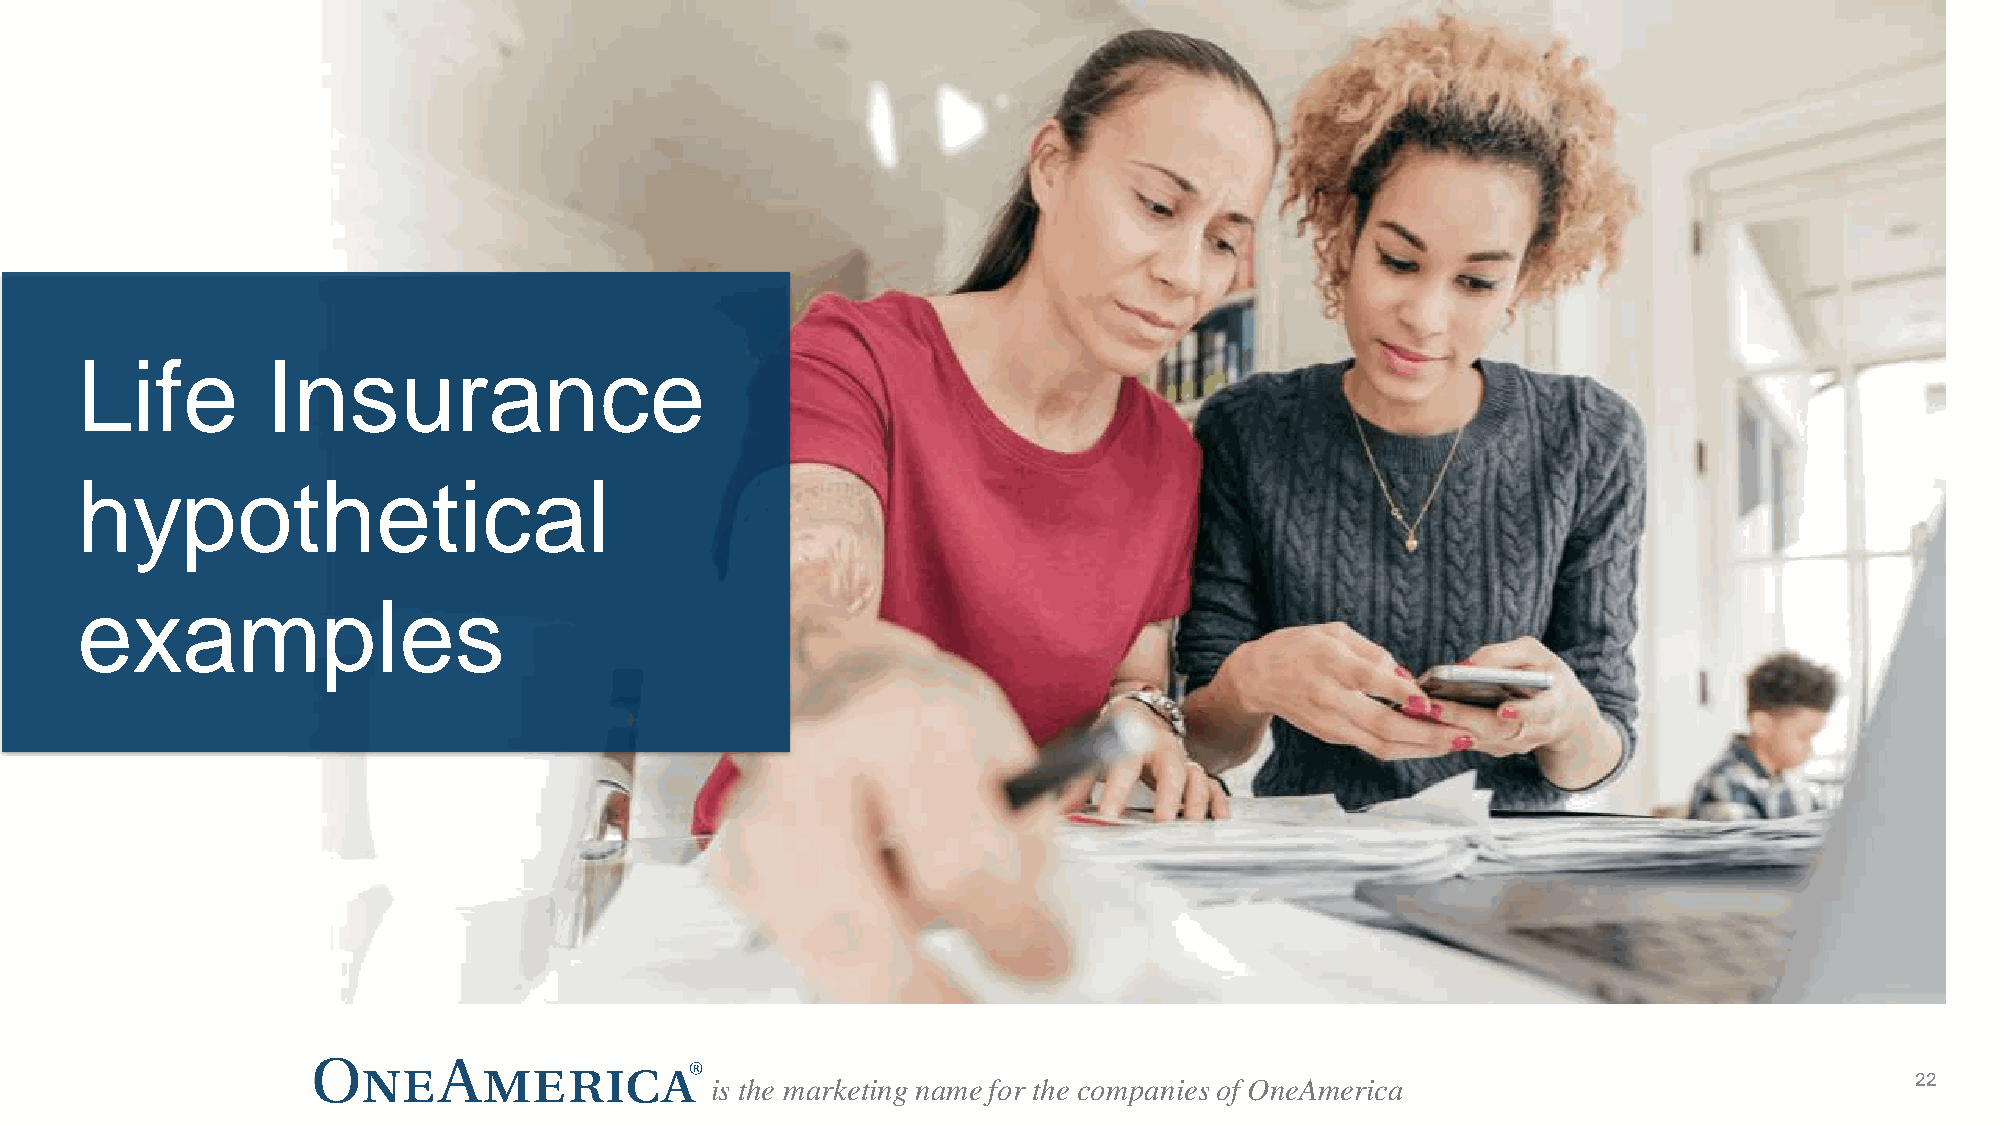
Life         Insurance
 hypothetical
 examples
 is the marketing name for the companies of OneAmerica                           2222